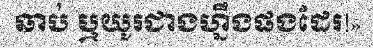
ឆាប់ ឬយូរជាងហ្នឹងផងដែរ!»